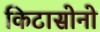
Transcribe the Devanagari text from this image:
किटासोनो